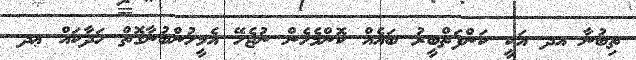
ތިބުނާ އދ އަކީ ކަންފަތްބީރު ބައެއް ކޮންމެހެން ނުޖެހޭ އެމީހުންބުނާގޮތް ހަދާކައް ޢދ